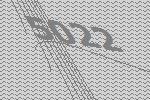
5022